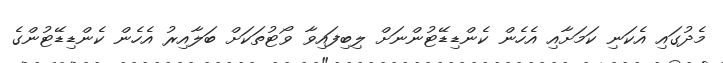
މެދުގައި އެކަނި ކަމަށާއި އެހެން ކެންޑިޑޭޓުންނަށް ލިބިފައިވާ ވޯޓުތަކަށް ބަލާއިރު އެހެން ކެންޑިޑޭޓުންގެ